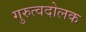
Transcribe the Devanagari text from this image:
गुरुत्वदोलक